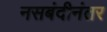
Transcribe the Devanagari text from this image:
नसबंदीनंतर